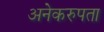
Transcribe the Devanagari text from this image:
अनेकरुपता